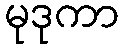
မုဒုကာ